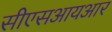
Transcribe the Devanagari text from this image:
सीएसआयआर